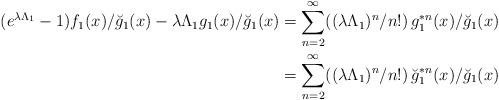
LaTeX: \begin{align*} (e^{\lambda \Lambda_1}-1)f_1(x)/\breve g_1(x)-\lambda \Lambda_1 g_1(x)/\breve g_1(x) &= \sum_{n=2}^\infty ((\lambda \Lambda_1)^n/n!)\, g^{\ast n}_1(x)/\breve g_1(x) \\&= \sum_{n=2}^\infty ((\lambda \Lambda_1)^n/n!)\, \breve g^{\ast n}_1(x)/\breve g_1(x)\end{align*}